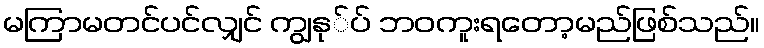
မကြာမတင်ပင်လျှင် ကျွနု်ပ် ဘဝကူးရတော့မည်ဖြစ်သည်။